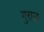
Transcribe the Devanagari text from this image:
गुराल